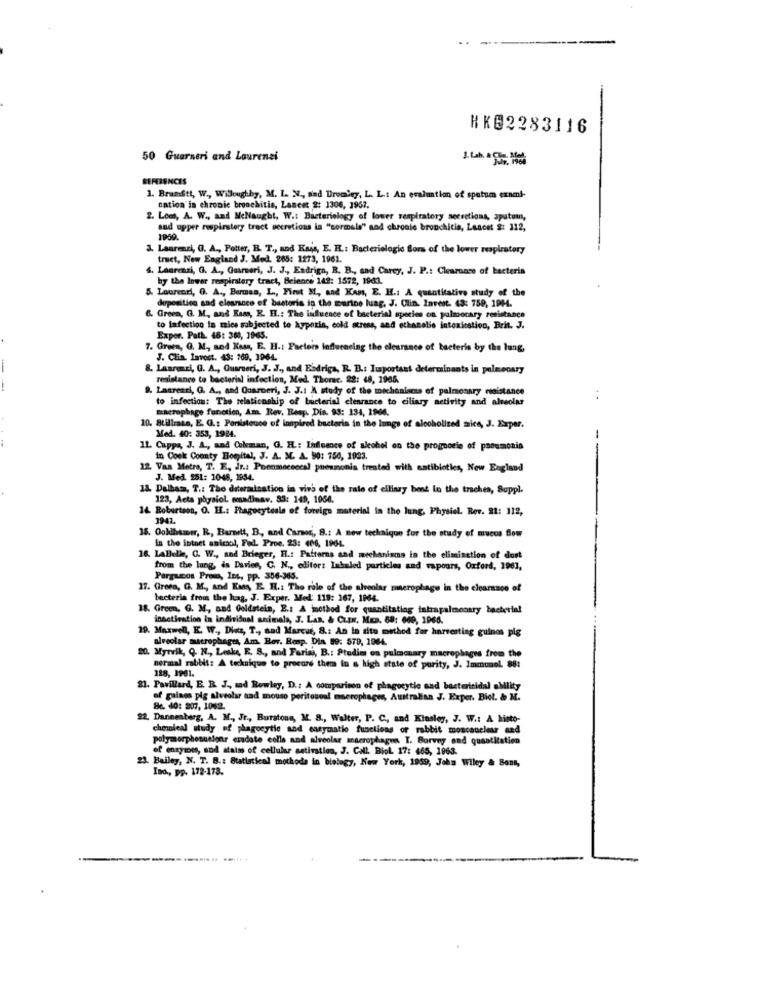
HKE2283116
50 Guarneri and Laurensi
REFERENCES
1. Bramftt, W ., Willoughby, M. L. N ., and Bromley, L. L .: An evaluation of spatum exami-
cation in chronic bronchitis, Lancet 2: 1306, 1967.
2. Loes, A. W ., and MeNaught, W .: Bacteriology of lower respiratory secretions, sputum,
and upper respiratory tract secretions la "sormals" and chronic bronchitis, Lancet $: 112,
1959.
1. Laurenzi, O. A ., Potter, B. T ., and Kais, E. E .: Bacteriologie Bors of the lower respiratory
truct, New England J. Med. 265: 1273, 1961.
S. Laurenzi, G. A ., Gurseri, J. J ., Endrigo, R. B ., and Carey, J. P .: Clearance of bacteria
by the Inwar respiratory tract, Beleore 142: 1572, 1961.
Laurenri, O. A ., Bermas, L ., First M, and Kan, E. H .: A quantitative study of the
dupesitics and cleanance of bastoris ip the marine lung, J. Clin. Invent. 43: 759, 1904.
. Green, G. M ., and Bass, R. H .: The influence of bacterial species on palmocary resistance
to infection in mics subjected to hypozin, cold stress, and ethanolis intoxication, Brit. J.
Expor. Path. 46: 363, 1965.
7. Green, G. M, sod Kass, E. H .: Factors influeneing the clearance of tecteris by the lung,
J. Clin. Invest. 43: 169, 1964.
8. Laarenri, G. A ., Guarneri, J. J ., and Eadriga, R. B .: Important determinants in pulmonary
resistance to bacterial infection, Med. Thorac. 22: 48, 1965.
Lagresri, G. A ., and Quarteri, J. J.1 A study of the michonisess of pulmonary resistance
to infection: The relationship of bacterial clearance to ciliary activity and alveolar
..
macrophage function, Am. Rev. Resp. Din. 93: 134, 1966.
10. Stillrasa, E. G .: Persistence of inspired bacteria in the lungs of alcoholized mice, J. Exper.
Med. 40: 353, 1924.
IL Cappa, J. A ., and Coleman, G. IL .: Influence of alcohol on the prognotie of pneumonia
in Cook County Homital, J. A. M. A. 90: 150, 1923.
12 Vaa Metre, T. E, In .: Poonmecsccal pneumonia trested with satiblotles, New England
J. Med. 251: 1048, 1954.
18. Dalhas, T .: Tho daterasisation in vivo of the rate of ellinzy bent In the traches, Soppl.
123, Acta physiol. mosadinav. 85: 149, 1964.
14. Robertson, O. IL .: Phagocytosis of foreign material in the lung, Physiel. Rev. 21: 112,
1941.
18. Ookbemer, R, Barnett, B ., and Carson, B .: A new technique for the study of mucos Som
In the intact anicool, Fed. Proe. 23: 406, 1904.
16. LaBelle, C. W ., and Brieger, E .: Patterns and mechanisms in the elimination of dost
from the lung, is Daries, C. N ., editors Inhaled particles and vapours, Oxford, 1961,
Pargamos Promo, 1m4, pp. 356-363.
17. Green, G. M ., and Enay E. R .: The role of the alveolar minerophage in the clearsaco of
bacteria from the haag, J. Exper. Med: 119: 167, 1064.
18. Green. G. M ., and Goldstein, E .: A method for quantitating intrapalmosary bacterial
inactivation in individual animals, J. Las, & Cuts, MED. 69: 600, 1966.
29. Maxwell, E. W ., Dietz, T ., aad Marcus, 8 .: An In situ method for harvesting guinos pig
alveolar macrophages, Am. Bor. Benp. Din B9: 579, 1964.
O. Myrvik, Q. N ., Leske, E. S ., and Farisi, B .: Studies on pulmonary macrophages from the
normal rabbit: A technique to procure them in a high state of purity, J. Immunol 88:
128, 1901.
21. Pavillard, E. R. J ., md Rowley, D .: A comparison of phagocytic and bacteritidal ability
of gaiaes pig alveolar sad mouso peritouval macrophages, Australian J. Exper. Biel. & M.
Be. 40: 207, 1062.
22. Dannenberg, A. M ., Jr ., Burstone, M. 8 ., Walter, P. C. and Kinsley, J. W .: A hinto-
chennieal study of phagocytic and easymatie functions or rabbit moscouclear and
polymorphesuelenr czudate colls and alveolar anserophagus I. Borvey and quantitation
of enzymes, sod status of cellular setiration, J. Call. Biol 17: 465, 1963.
23. Bailey, N. T. B .: Statistical methods in biology, New York, 1959, John Wiley & Sont,
Ind ., pp. 172-178.